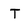
Character: T